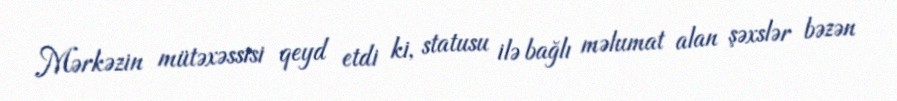
Mərkəzin mütəxəssisi qeyd etdi ki, statusu ilə bağlı məlumat alan şəxslər bəzən